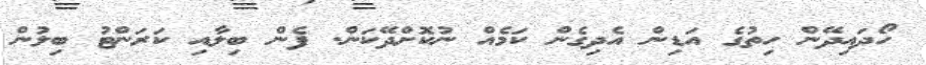
ހޯދައިދޭން ހިތުގެ އަޑިން އެދިގެން ކަމެއް ނުކޮށްދޭކަން. ފެން ބިލާއި ކަރަންޓު ބިލުން